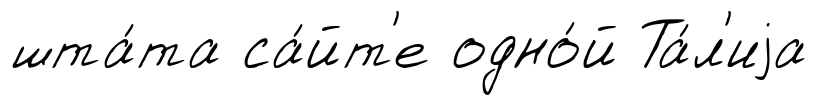
шта́та са́йт'е одно́й Та́л'иjа